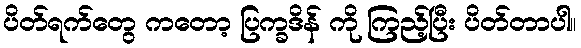
ပိတ်ရက်တွေ ကတော့ ပြက္ခဒိန် ကို ကြည့်ပြီး ပိတ်တာပါ။